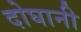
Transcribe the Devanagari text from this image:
दोघानी